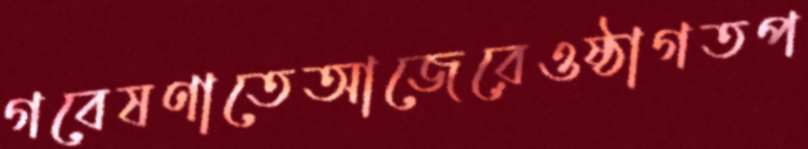
গবেষণাতেআজেরেওষ্ঠাগতপ